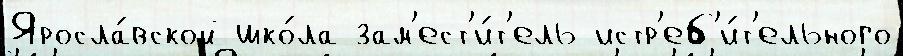
Яросла́вской шко́ла зам'ест'и́т'ель истр'еб'и́т'ельного